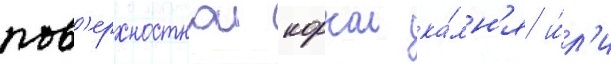
пов'ерхностнои коркои ка́мн'я и́л'и